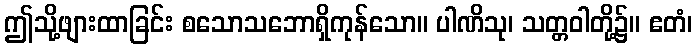
ဤသို့ဖျားထာခြင်း စသောသဘောရှိကုန်သော။ ပါဏိသု၊ သတ္တဝါတို့၌။ ဧတံ၊